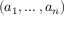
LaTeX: \left( a _ { 1 } , \ldots , a _ { n } \right)